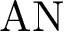
\mathrm { A N }